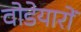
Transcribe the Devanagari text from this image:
वोडेयारों